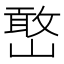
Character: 𫶔